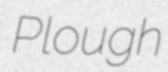
Plough